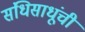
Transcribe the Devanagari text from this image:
संधिसाधूंची